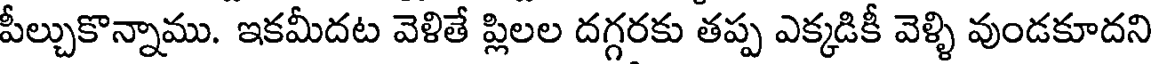
పీల్చుకొన్నాము. ఇకమీదట వెళితే ప్లిలల దగ్గరకు తప్ప ఎక్కడికీ వెళ్ళి వుండకూదని